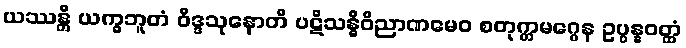
ယဿန္တိ ယက္ခဘူတံ ဝိဒ္ဒသုနောတိ ပဋိသန္ဓိဝိညာဏမေဝ စတုက္ကမဂ္ဂေန ဥပ္ပန္နဝတ္ထံ